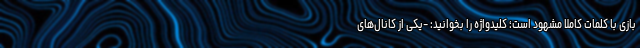
بازی با کلمات کاملاً مشهود است؛ کلیدواژه را بخوانید: -یکی از کانال‌های